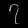
Digit: ၇